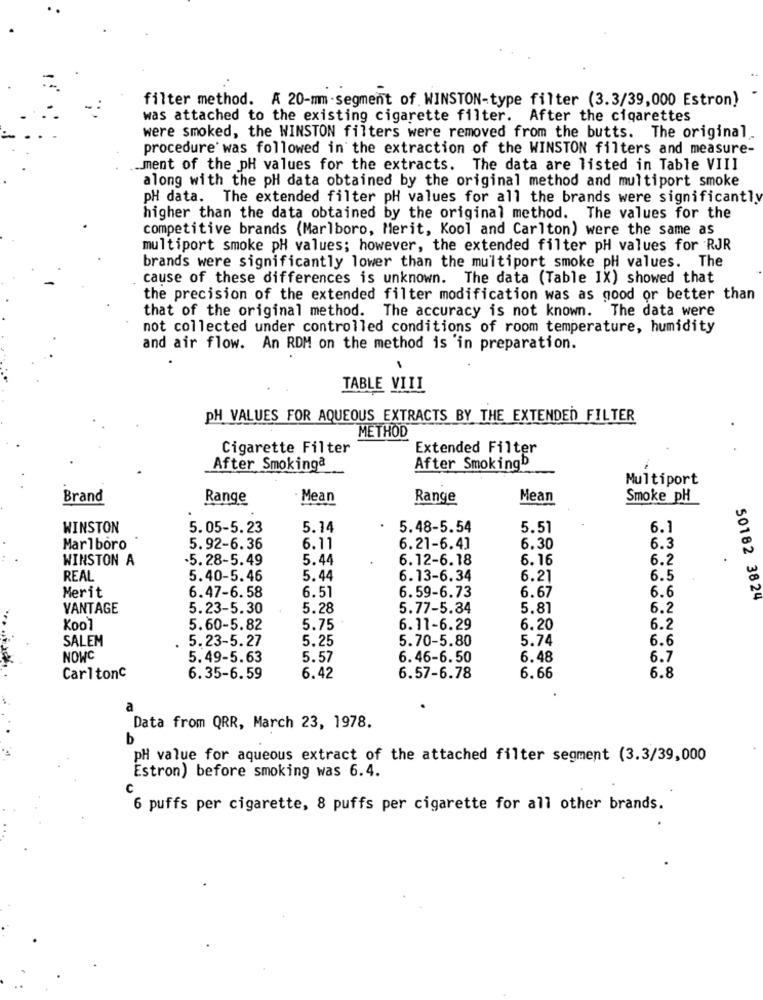
filter method. A 20-mm -segment of. WINSTON-type filter (3.3/39,000 Estron)
was attached to the existing cigarette filter. After the cigarettes
were smoked, the WINSTON filters were removed from the butts. The original
procedure was followed in the extraction of the WINSTON filters and measure-
ment of the pH values for the extracts. The data are listed in Table VIII
along with the pH data obtained by the original method and multiport smoke
pH data. The extended filter pH values for all the brands were significantly
higher than the data obtained by the original method. The values for the
competitive brands (Marlboro, Merit, Kool and Carlton) were the same as
multiport smoke pH values; however, the extended filter pH values for RJR
brands were significantly lower than the multiport smoke pH values. The
cause of these differences is unknown. The data (Table IX) showed that
the precision of the extended filter modification was as good or better than
that of the original method. The accuracy is not known. The data were
not collected under controlled conditions of room temperature, humidity
and air flow. An RDM on the method is 'in preparation.
TABLE VIII
PH VALUES FOR AQUEOUS EXTRACTS BY THE EXTENDED FILTER
METHOD
Cigarette Filter
Extended Filter
After Smokinga
After Smokingb
Multiport
Brand
Range
Mean
Range
Mean
Smoke pH
WINSTON
5.05-5.23
5.14
5.48-5.54
5.51
6.1
Marlboro
5.92-6.36
6.11
6.21-6.4]
6.30
6.3
WINSTON A
.5.28-5.49
5.44
6.12-6.18
6.16
6.2
.
REAL
5.40-5.46
5.44
6.13-6.34
6.21
6.5
6.51
6.59-6.73
6.6
Merit
6.47-6.58
6.67
50182 3824
VANTAGE
5.23-5.30
5.28
5.77-5.34
5.81
6.2
Kool
5.60-5.82
5.75
6.11-6.29
6.20
6.2
SALEM
5.23-5.27
5.25
5.70-5.80
5.74
6.6
NOWC
5.49-5.63
5.57
6.46-6.50
6.48
6.7
6.57-6.78
Carltonc
6.35-6.59
6.42
6.66
6.8
a
Data from QRR, March 23, 1978.
b
pH value for aqueous extract of the attached filter segment (3.3/39,000
Estron) before smoking was 6.4.
6 puffs per cigarette, 8 puffs per cigarette for all other brands.